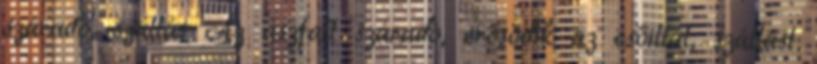
száradó, szállás Az aszfalt száradó, erősödik az esőillat, szállást